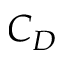
C _ { D }